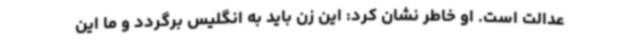
عدالت است. او خاطر نشان کرد: این زن باید به انگلیس برگردد و ما این